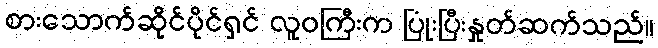
စားသောက်ဆိုင်ပိုင်ရှင် လူဝကြီးက ပြုံးပြီးနှုတ်ဆက်သည်။